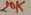
Text: 20K